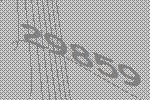
29859